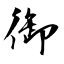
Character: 御